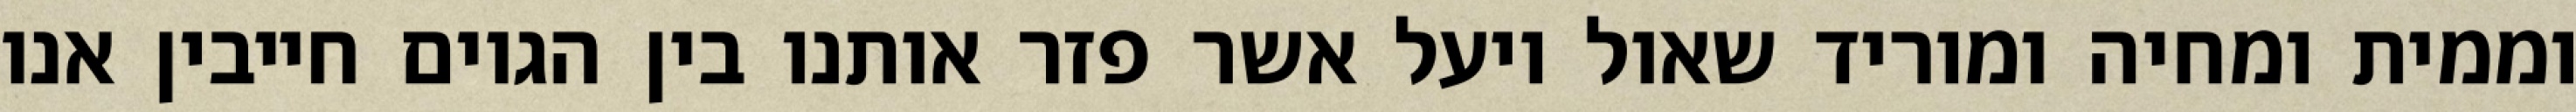
וממית ומחיה ומוריד שאול ויעל אשר פזר אותנו בין הגוים חייבין אנו